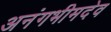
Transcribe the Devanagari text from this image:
अनंगभीमदेव